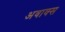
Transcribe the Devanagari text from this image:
अवाक्स